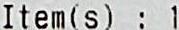
ITEM(S) : 1